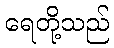
ရေတို့သည်